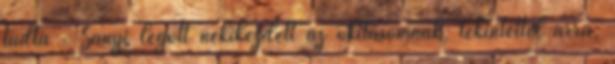
tudta . Sanyi legott nekikezdett az okításomnak, tekin­tettel arra,